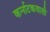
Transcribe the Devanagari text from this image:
कर्नाटकवासी